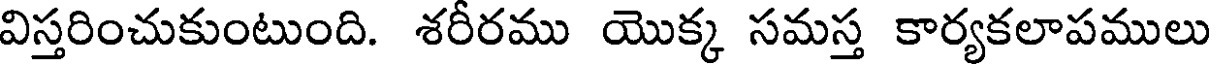
విస్తరించుకుంటుంది. శరీరము యొక్క సమస్త కార్యకలాపములు